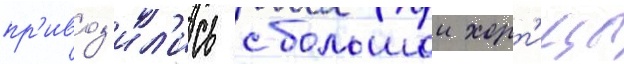
пр'ивоз'ил'ись с большои хорт'ицы